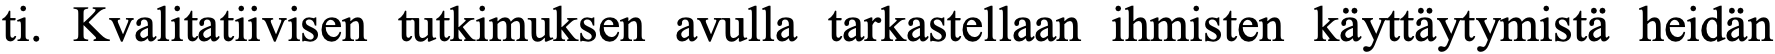
ti. Kvalitatiivisen tutkimuksen avulla tarkastellaan ihmisten käyttäytymistä heidän